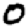
Digit: 0